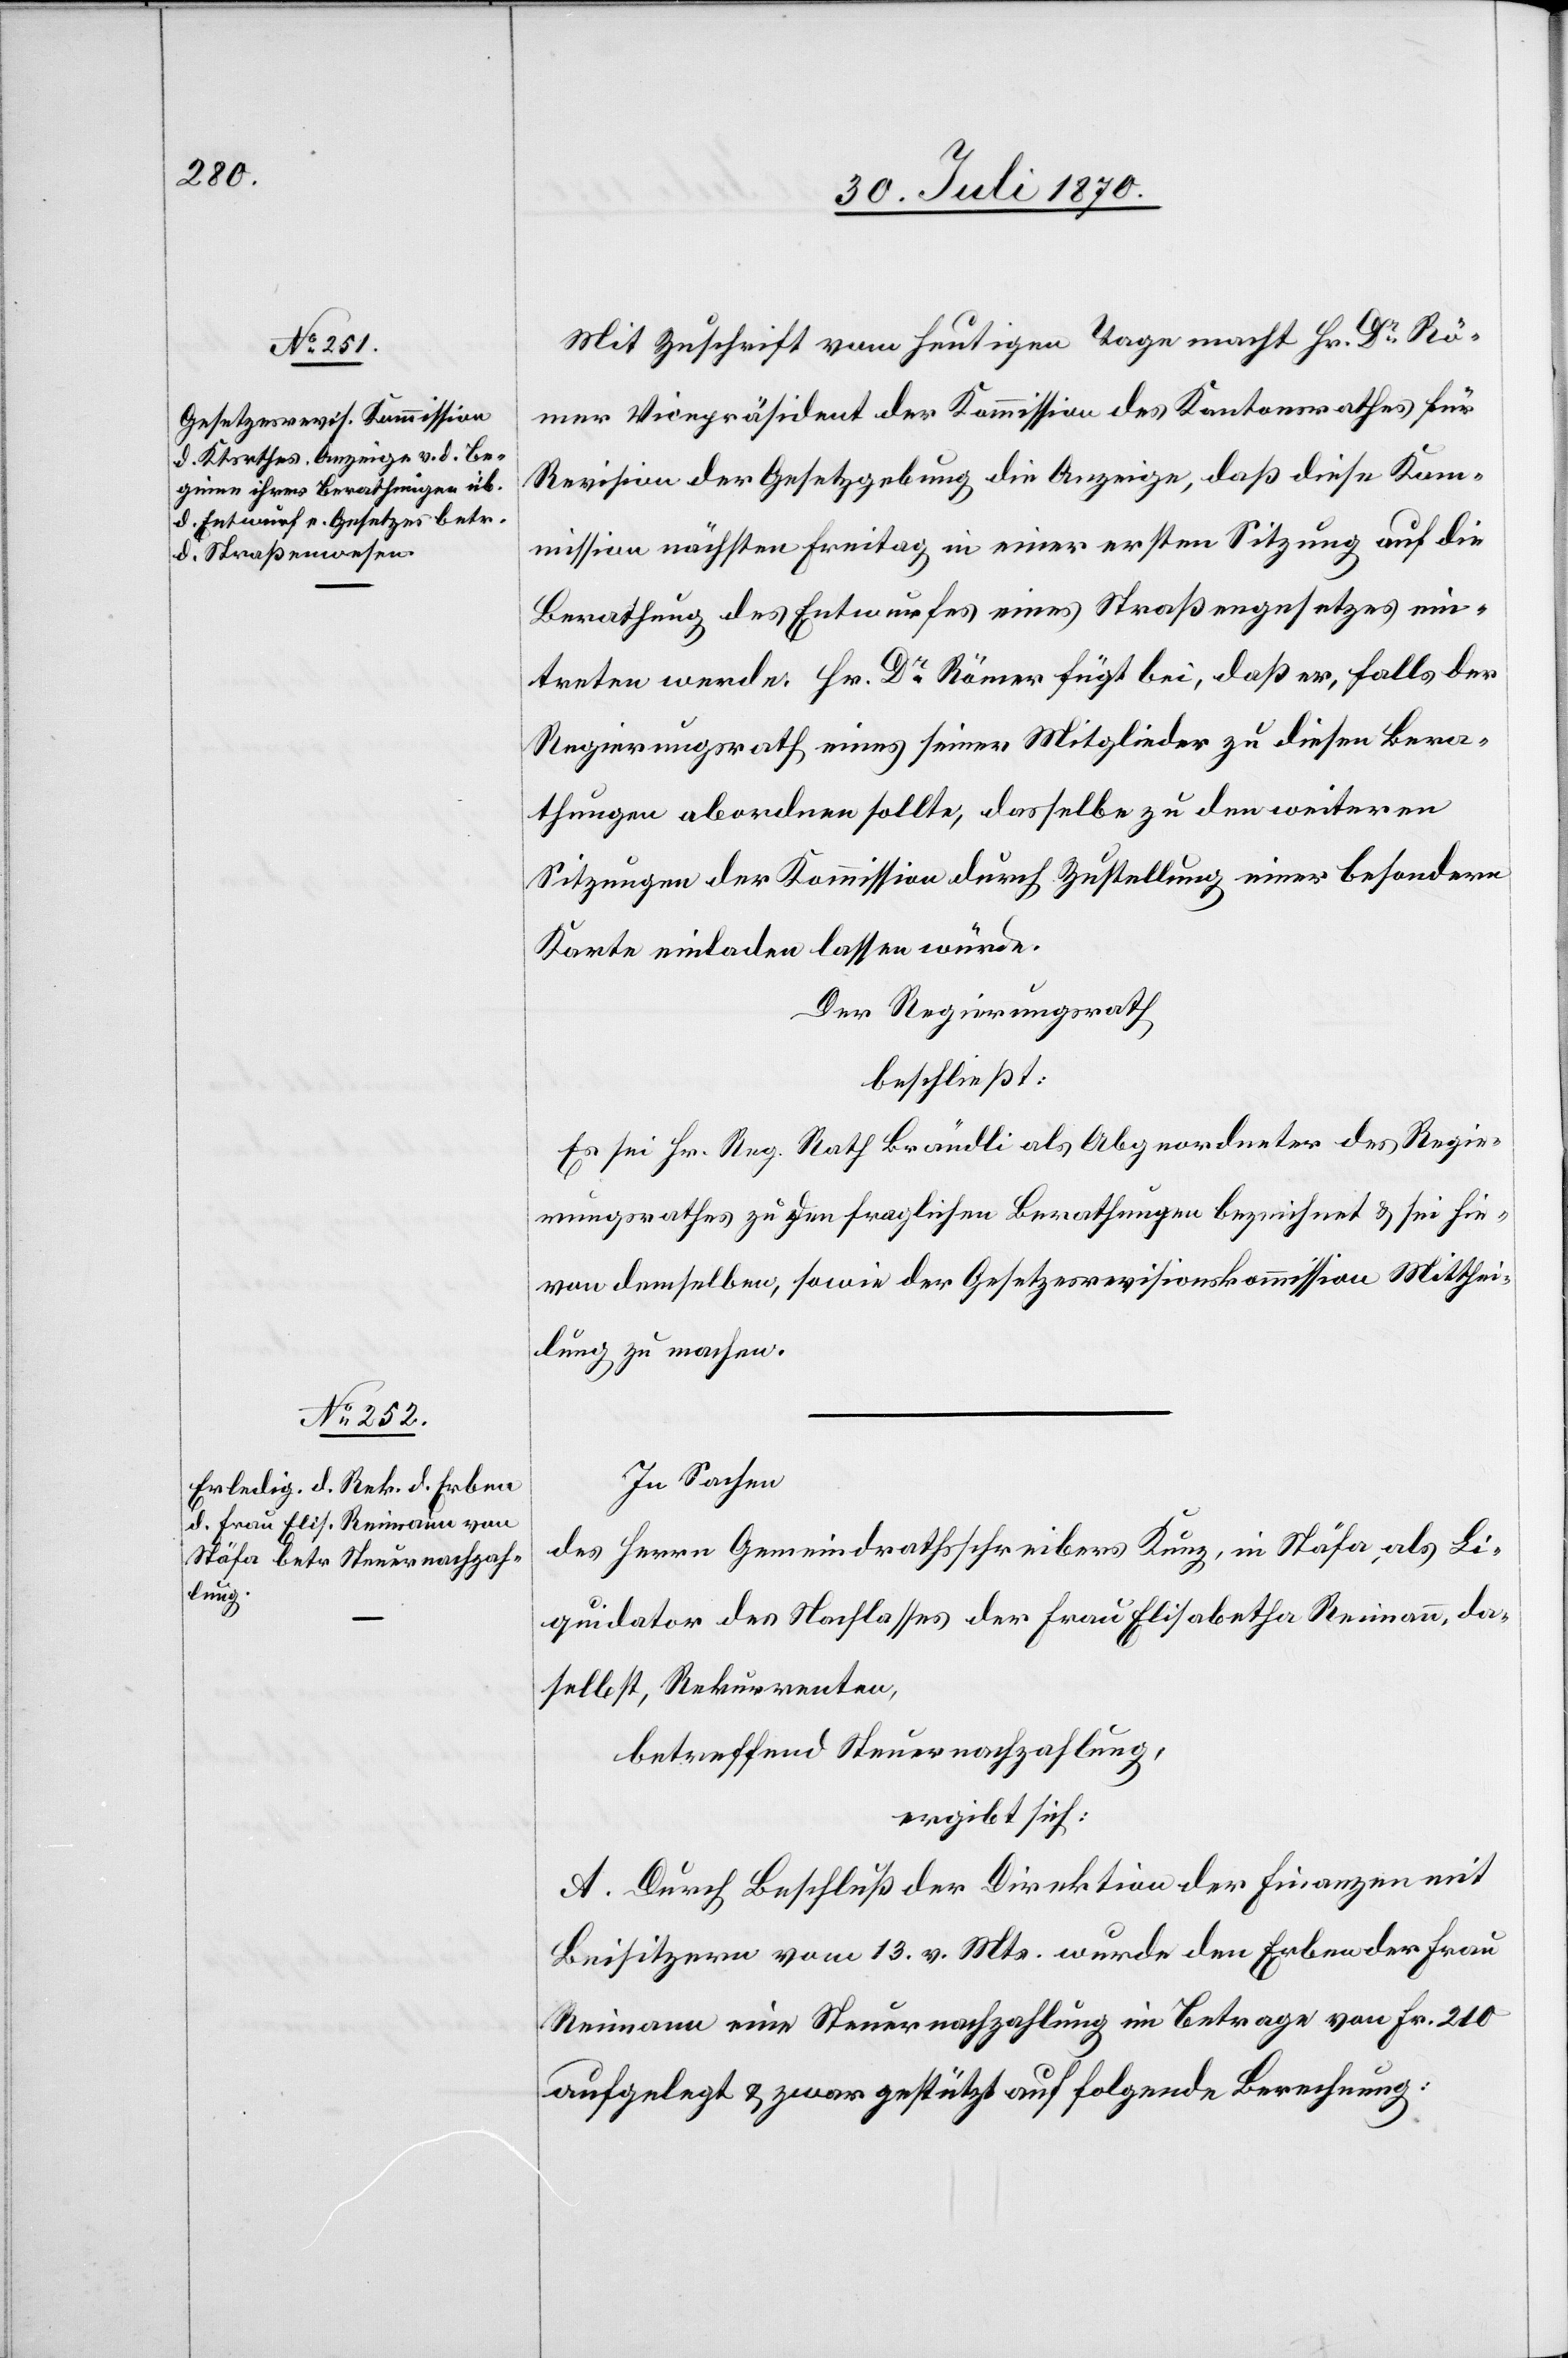
Mit Zuschrift vom heutigen Tage macht Hr. Dr Rö¬
mer Vicepräsident der Kommission des Kantonsrathes für
Revision der Gesetzgebung die Anzeige, daß diese Kom¬
mission nächsten Freitag in einer ersten Sitzung auf die
Berathung des Entwurfes eines Straßengesetzes ein¬
treten werde. Hr. Dr Römer fügt bei, daß er, falls der
Regierungsrath eines seiner Mitglieder zu diesen Bera¬
thungen abordnen sollte, dasselbe zu den weiteren
Sitzungen der Kommission durch Zustellung einer besondern
Karte einladen lassen würde.
Der Regierungsrath
beschließt:
Es sei Hr. Reg. Rath Brändli als Abgeordneter des Regie¬
rungsrathes zu den fraglichen Berathungen bezeichnet & sei hie¬
von demselben, sowie der Gesetzesrevisionskommission Mitthei¬
lung an zu machen.
In Sachen
des Herrn Gemeindrathsschreibers Kunz, in Stäfa, als Li¬
quidator des Nachlasses der Frau Elisabetha Reimann, da¬
selbst, Rekurrenten,
betreffend Steuernachzahlung,
ergibt sich:
A. Durch Beschluß der Direktion der Finanzen mit
Beisitzern vom 13. v. Mts. wurde den Erben der Frau
Reimann eine Steuernachzahlung im Betrage von Fr. 210
aufgesetzt & zwar gestützt auf folgende Berechnung: